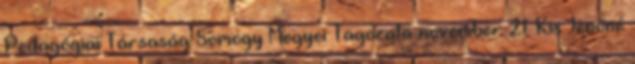
Pedagógiai Társaság Somogy Megyei Tagozata november 21. Kis Jenőné